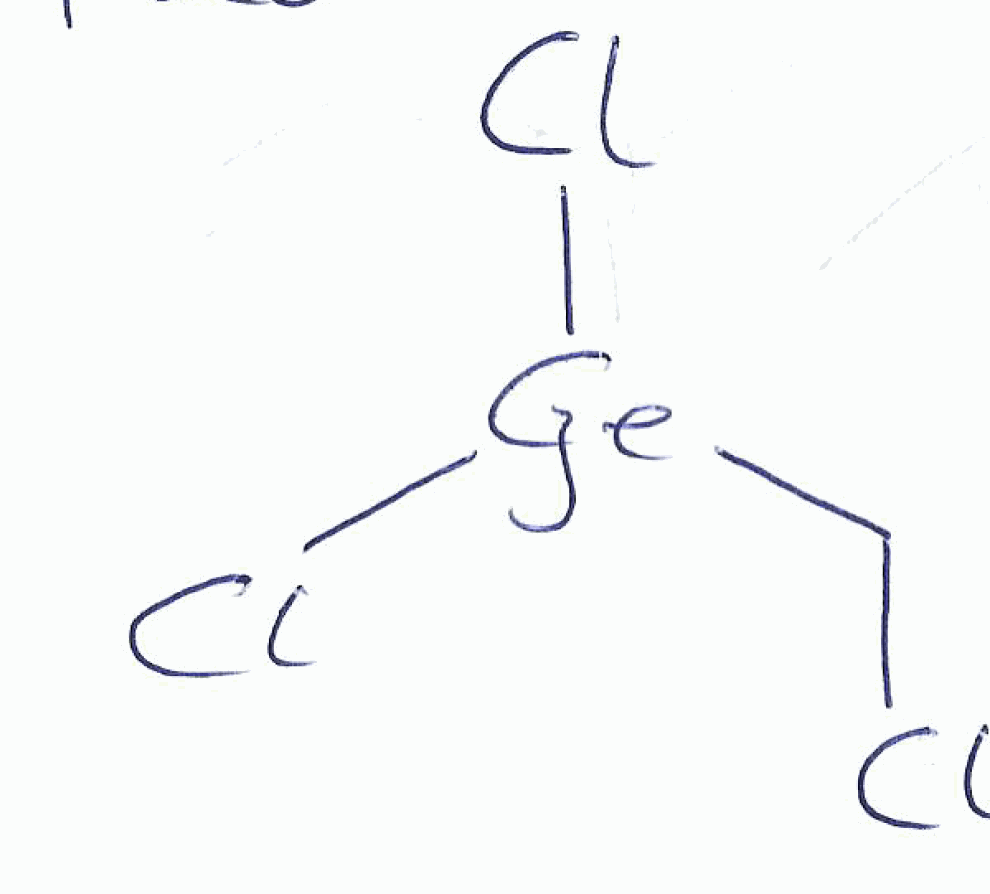
Simplified molecular-input line-entry system (SMILES) notation of the given molecule:
C(Cl)[Ge](Cl)Cl